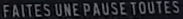
FAITES UNE PAUSE TOUTES